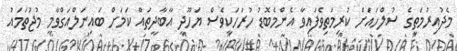
މެދުއިރުމަތީގެ ސުލްހައަށް ކުރިމަތިވެފައިވާ އެންމެބޮޑު ހުރަހަކީވެސް ޔަހޫދީ އާބާދީތައް ކަމަށް ބައިނަލްއަގްވާމީ މުޖުތަމައު